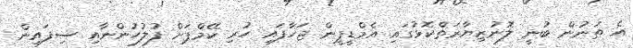
އެ ތަނުން ބުނީ ލޮނުޒިޔާރަތްކޮޅުގައި އެމްޑީޕީން ޖަހާފައި ހުރި ކޭމްޕަށް ފުލުހުންނާއި ސިފައިން